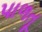
પાળતૂ